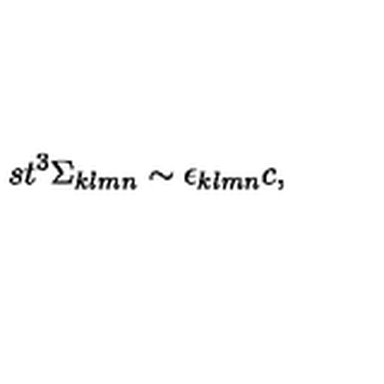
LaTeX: s t ^ { 3 } \Sigma _ { k l m n } \sim \epsilon _ { k l m n } c ,